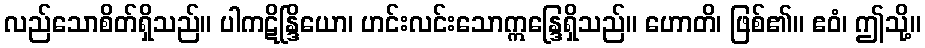
လည်သောစိတ်ရှိသည်။ ပါကဋိန္ဒြိယော၊ ဟင်းလင်းသောဣန္ဒြေရှိသည်။ ဟောတိ၊ ဖြစ်၏။ ဧဝံ၊ ဤသို့။